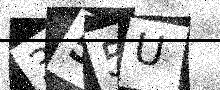
Text: 355U